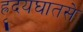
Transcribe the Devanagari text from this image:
ह्रृदयघातसे